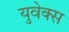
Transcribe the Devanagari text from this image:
युवेक्स